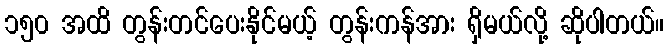
၁၅၀ အထိ တွန်းတင်ပေးနိုင်မယ့် တွန်းကန်အား ရှိမယ်လို့ ဆိုပါတယ်။